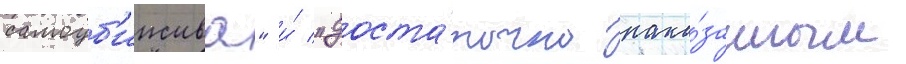
самоуб'ииства" и́ "доста́точно нака́занным